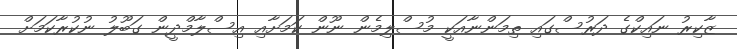
ޒާކިރު ނައިކްގެ ދަރުސްގައި ތިމަންނާއަކީ މުސްލިމެން ނޫން ކަމަށާއި އިސްލާމްދީން ގަބޫލު ނުކުރާކަމަށް